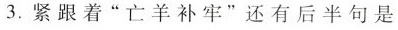
3.紧跟着”亡羊补牢”还有后半句是